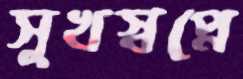
সুখস্বপ্নে